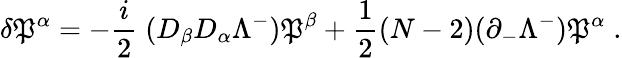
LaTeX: \delta\mathfrak{P}^{\alpha}=-{\frac{{i}}{{2}}}\; (D_{\beta}D_{\alpha}\Lambda^{-})\mathfrak{P}^{\beta}+{\frac{{1}}{{2}}}(N-2)(\partial_{-}\Lambda^{-})\mathfrak{P}^{\alpha}\; .